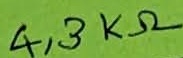
Text: 4,3KΩ